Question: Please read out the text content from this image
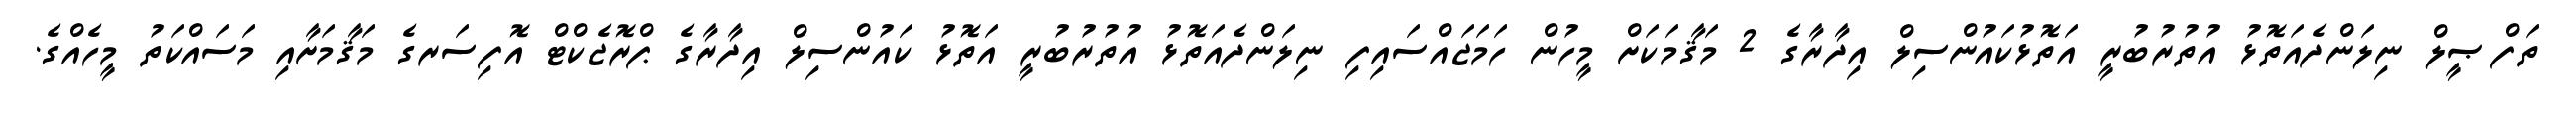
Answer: ތަފްޞީލް ނިލަންދެއަތޮޅު އުތުރުބުރީ އަތޮޅުކައުންސިލް އިދާރާގެ 2 މަޤާމަކަށް މީހުން ހަމަޖައްސައިފި ނިލަންދެއަތޮޅު އުތުރުބުރީ އަތޮޅު ކައުންސިލް އިދާރާގެ ޕްރޮޖެކްޓް އޮފިސަރގެ މަޤާމަށާއި މަސައްކަތު މީހެއްގެ.